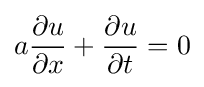
a{\frac {\partial u}{\partial x}}+{\frac {\partial u}{\partial t}}=0